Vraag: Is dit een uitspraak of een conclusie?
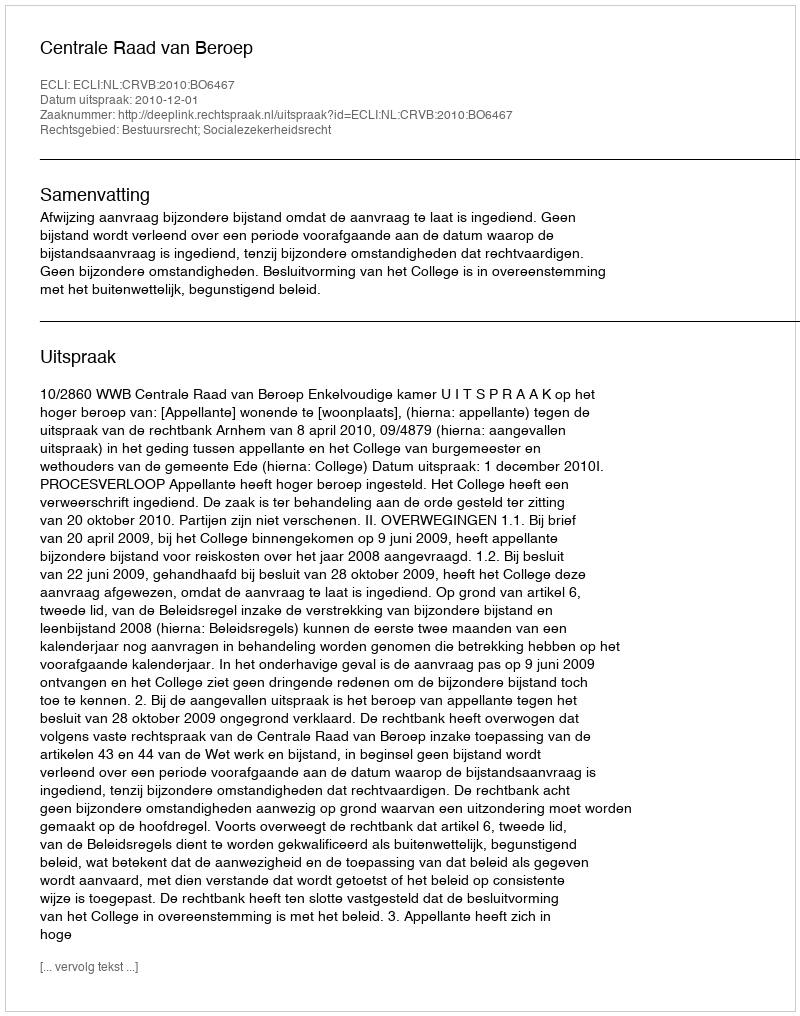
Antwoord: Uitspraak